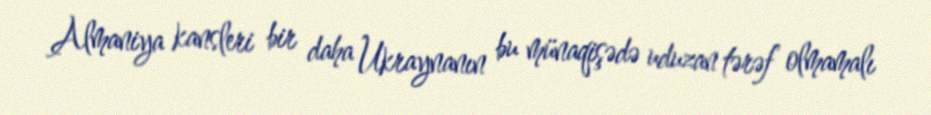
Almaniya kansleri bir daha Ukraynanın bu münaqişədə uduzan tərəf olmamalı